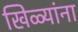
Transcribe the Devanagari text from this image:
खिळ्यांना